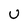
Character: U